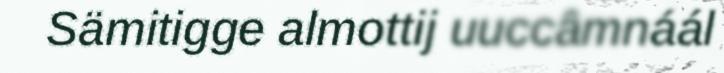
Sämitigge almottij uuccâmnáál